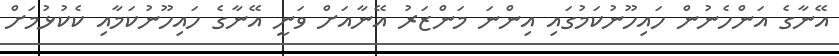
އޭނާގެ އަންހެނުން ހައިހޫނުކަމުގައި އިންނަ މަންޒަރު އޭނާއަށް ވަނީ އޭނާގެ ހައިހޫނުކަމާއި ކެކުޅުމަށް